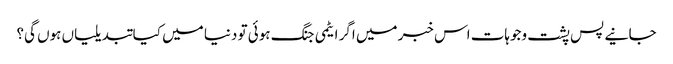
جانیے پس پشت وجوہات اس خبر میں اگر ایٹمی جنگ ہوئی تو دنیا میں کیا تبدیلیاں ہوں گی؟